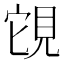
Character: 䙾